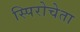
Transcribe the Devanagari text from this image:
स्पिरोचेता